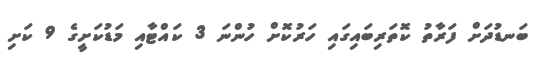
ބަނޑުދަށް ފަރާތު ކޮތަރިބައިގައި ހަރުކޮށް ހުންނަ 3 ކައްޓާއި މަޑުކަށީގެ 9 ކަށި